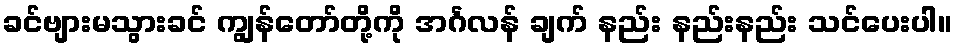
ခင်ဗျားမသွားခင် ကျွန်တော်တို့ကို အင်္ဂလန် ချက် နည်း နည်းနည်း သင်ပေးပါ။